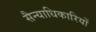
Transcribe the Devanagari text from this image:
सैन्याधिकारियों